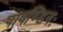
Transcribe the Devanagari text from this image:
पाषण्डिनः